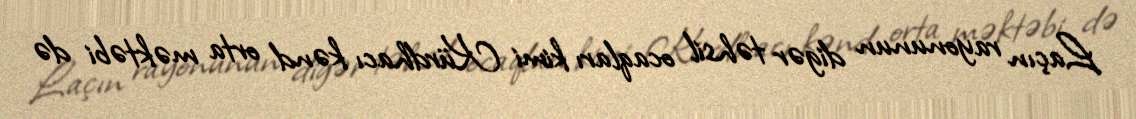
Laçın rayonunun digər təhsil ocaqları kimi Kürdhacı kənd orta məktəbi də